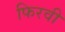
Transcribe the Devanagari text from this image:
फिरवी